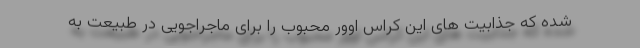
شده که جذابیت های این کراس اوور محبوب را برای ماجراجویی در طبیعت به